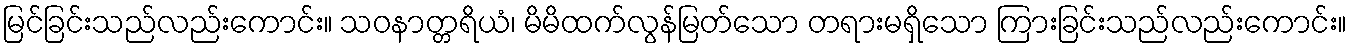
မြင်ခြင်းသည်လည်းကောင်း။ သဝနာတ္တရိယံ၊ မိမိထက်လွန်မြတ်သော တရားမရှိသော ကြားခြင်းသည်လည်းကောင်း။